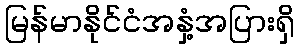
မြန်မာနိုင်ငံအနှံ့အပြားရှိ